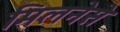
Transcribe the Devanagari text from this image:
मिलनेसे